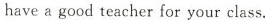
havea good teacher for your class.